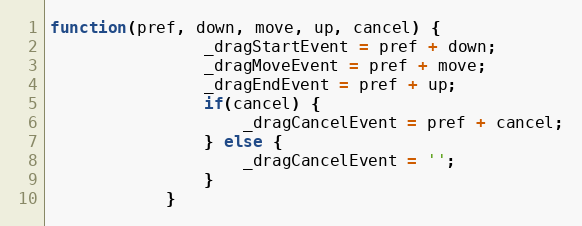
Language: JavaScript
function(pref, down, move, up, cancel) {
				_dragStartEvent = pref + down;
				_dragMoveEvent = pref + move;
				_dragEndEvent = pref + up;
				if(cancel) {
					_dragCancelEvent = pref + cancel;
				} else {
					_dragCancelEvent = '';
				}
			}